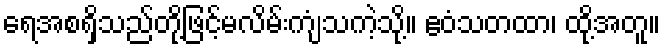
ရေအစရှိသည်တို့ဖြင့်မလိမ်းကျံသကဲ့သို့။ ဧဝံသတထာ၊ ထို့အတူ။